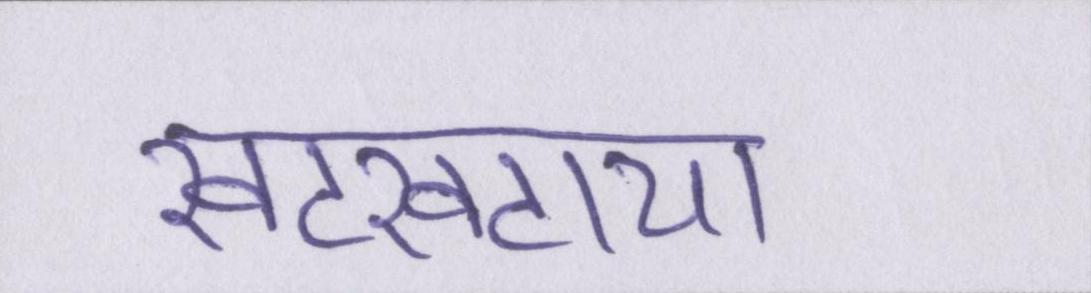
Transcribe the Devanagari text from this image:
खटखटाया